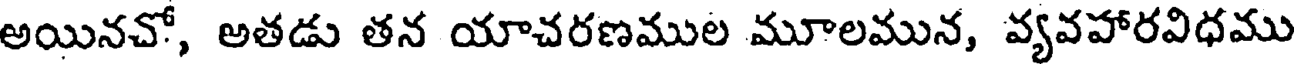
అయినచో, అతడు తన యాచరణముల మూలమున, వ్యవహారవిధము